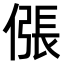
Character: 𫣖